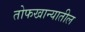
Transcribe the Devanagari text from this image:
तोफखान्यातील